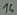
Text: 16